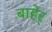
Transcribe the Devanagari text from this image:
बाहेर्